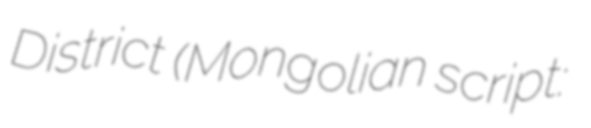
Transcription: District (Mongolian script: ᠬᠣᠷᠴᠢᠨ